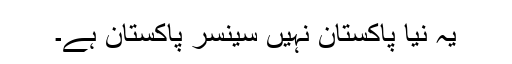
یہ نیا پاکستان نہیں سینسر پاکستان ہے۔